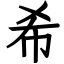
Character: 希